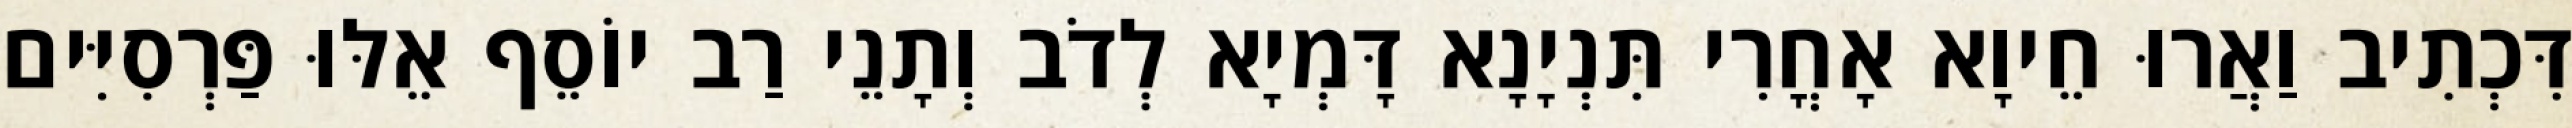
דִּכְתִיב וַאֲרוּ חֵיוָא אָחֳרִי תִּנְיָנָא דָּמְיָא לְדֹב וְתָנֵי רַב יוֹסֵף אֵלּוּ פַּרְסִיִּים